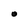
Character: O